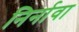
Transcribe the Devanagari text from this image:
निर्नावा